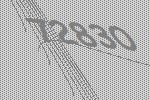
72830